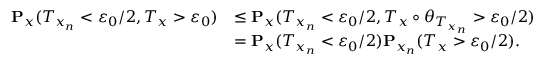
\begin{array} { r l } { \mathbf { P } _ { x } ( T _ { x _ { n } } < \varepsilon _ { 0 } / 2 , T _ { x } > \varepsilon _ { 0 } ) } & { \leq \mathbf { P } _ { x } ( T _ { x _ { n } } < \varepsilon _ { 0 } / 2 , T _ { x } \circ \theta _ { T _ { x _ { n } } } > \varepsilon _ { 0 } / 2 ) } \\ & { = \mathbf { P } _ { x } ( T _ { x _ { n } } < \varepsilon _ { 0 } / 2 ) \mathbf { P } _ { x _ { n } } ( T _ { x } > \varepsilon _ { 0 } / 2 ) . } \end{array}